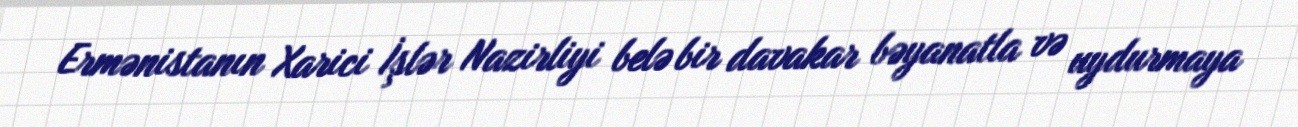
Ermənistanın Xarici İşlər Nazirliyi belə bir davakar bəyanatla və uydurmaya